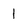
Character: 1